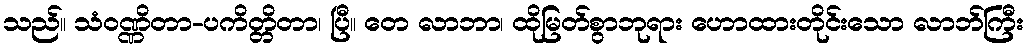
သည်။ သံဝဏ္ဏိတာ-ပကိတ္တိတာ၊ ပြီ။ တေ လာဘာ၊ ထိုမြတ်စွာဘုရား ဟောထားတိုင်းသော လာဘ်ကြီး